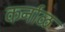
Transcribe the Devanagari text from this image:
कर्नाळ